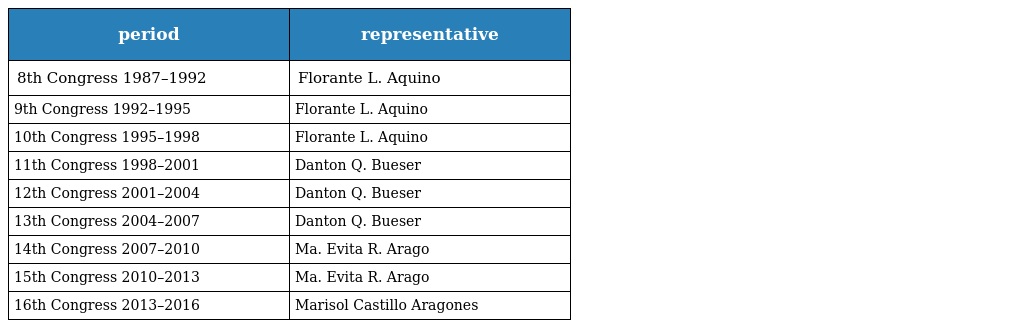
| period | representative |
 | --- | --- |
 | 8th Congress 1987–1992 | Florante L. Aquino |
 | 9th Congress 1992–1995 | Florante L. Aquino |
 | 10th Congress 1995–1998 | Florante L. Aquino |
 | 11th Congress 1998–2001 | Danton Q. Bueser |
 | 12th Congress 2001–2004 | Danton Q. Bueser |
 | 13th Congress 2004–2007 | Danton Q. Bueser |
 | 14th Congress 2007–2010 | Ma. Evita R. Arago |
 | 15th Congress 2010–2013 | Ma. Evita R. Arago |
 | 16th Congress 2013–2016 | Marisol Castillo Aragones |